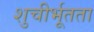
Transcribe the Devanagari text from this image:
शुचीर्भूतता